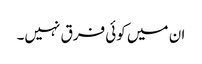
ان میں کوئی فرق نہیں۔